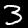
Label: 3